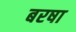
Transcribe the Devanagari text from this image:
बरषा